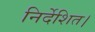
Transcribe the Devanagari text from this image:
निर्देशित।